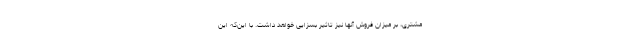
مشتری، بر میزان فروش آنها نیز تاثیر بسزایی خواهد داشت. با این‌که این